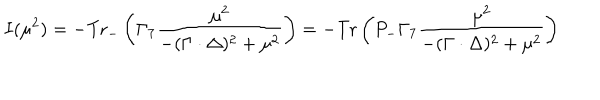
LaTeX: I ( \mu ^ { 2 } ) = - \mathrm { T r } _ { - } \left( \Gamma _ { 7 } \frac { \mu ^ { 2 } } { - ( \Gamma \cdot \Delta ) ^ { 2 } + \mu ^ { 2 } } \right) = - \mathrm { T r } \left( P _ { - } \Gamma _ { 7 } \frac { \mu ^ { 2 } } { - ( \Gamma \cdot \Delta ) ^ { 2 } + \mu ^ { 2 } } \right)